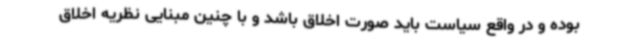
بوده و در واقع سیاست باید صورت اخلاق باشد و با چنین مبنایی نظریه اخلاق